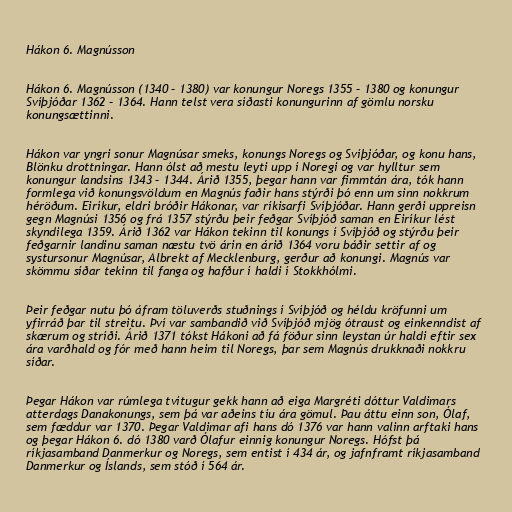
Hákon 6. Magnússon

Hákon 6. Magnússon (1340 – 1380) var konungur Noregs 1355 – 1380 og konungur
Svíþjóðar 1362 – 1364. Hann telst vera síðasti konungurinn af gömlu norsku
konungsættinni.

Hákon var yngri sonur Magnúsar smeks, konungs Noregs og Svíþjóðar, og konu hans,
Blönku drottningar. Hann ólst að mestu leyti upp í Noregi og var hylltur sem
konungur landsins 1343 – 1344. Árið 1355, þegar hann var fimmtán ára, tók hann
formlega við konungsvöldum en Magnús faðir hans stýrði þó enn um sinn nokkrum
héröðum. Eiríkur, eldri bróðir Hákonar, var ríkisarfi Svíþjóðar. Hann gerði uppreisn
gegn Magnúsi 1356 og frá 1357 stýrðu þeir feðgar Svíþjóð saman en Eiríkur lést
skyndilega 1359. Árið 1362 var Hákon tekinn til konungs í Svíþjóð og stýrðu þeir
feðgarnir landinu saman næstu tvö árin en árið 1364 voru báðir settir af og
systursonur Magnúsar, Albrekt af Mecklenburg, gerður að konungi. Magnús var
skömmu síðar tekinn til fanga og hafður í haldi í Stokkhólmi.

Þeir feðgar nutu þó áfram töluverðs stuðnings í Svíþjóð og héldu kröfunni um
yfirráð þar til streitu. Því var sambandið við Svíþjóð mjög ótraust og einkenndist af
skærum og stríði. Árið 1371 tókst Hákoni að fá föður sinn leystan úr haldi eftir sex
ára varðhald og fór með hann heim til Noregs, þar sem Magnús drukknaði nokkru
síðar.

Þegar Hákon var rúmlega tvítugur gekk hann að eiga Margréti dóttur Valdimars
atterdags Danakonungs, sem þá var aðeins tíu ára gömul. Þau áttu einn son, Ólaf,
sem fæddur var 1370. Þegar Valdimar afi hans dó 1376 var hann valinn arftaki hans
og þegar Hákon 6. dó 1380 varð Ólafur einnig konungur Noregs. Hófst þá
ríkjasamband Danmerkur og Noregs, sem entist í 434 ár, og jafnframt ríkjasamband
Danmerkur og Íslands, sem stóð í 564 ár.